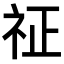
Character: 𥘺